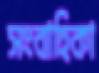
সংবাহিকা